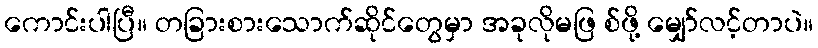
ကောင်းပါပြီ။ တခြားစားသောက်ဆိုင်တွေမှာ အခုလိုမဖြ စ်ဖို့ မျှော်လင့်တာပဲ။